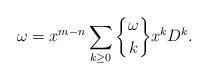
LaTeX: \begin{align*} \omega=x^{m-n} \sum_{k\ge 0} {{\omega}\brace k} x^{k}D^{k}.\end{align*}